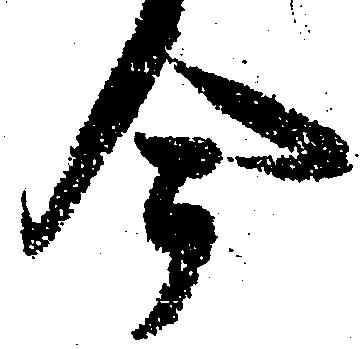
今